Punjab Mental Hospital Lahore 1932-46 - 1932-1946
Year: 1932
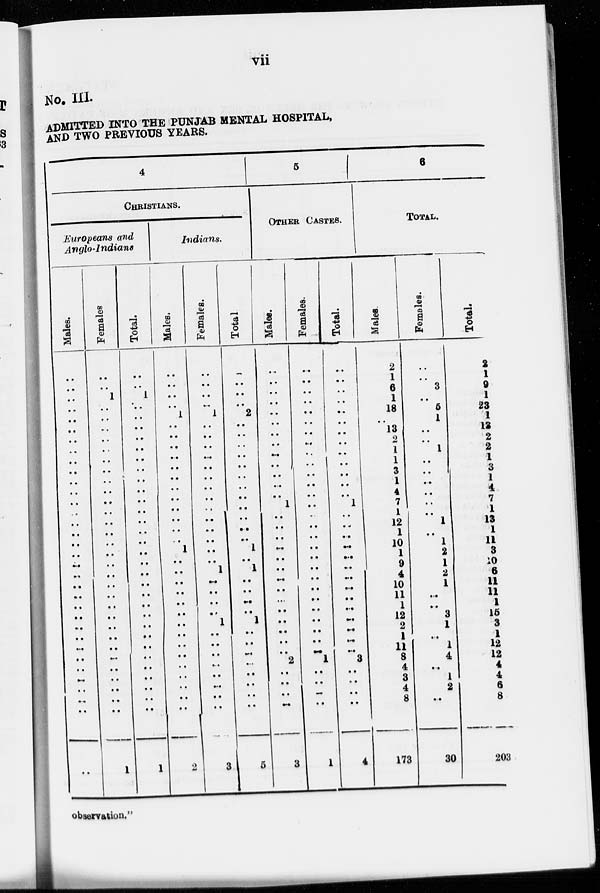
vii
No. III.
ADMITTED INTO THE PUNJAB MENTAL HOSPITAL,
AND TWO PREVIOUS YEARS.
4
CHRISTIANS.
Europeans and
Anglo-Indians
Males.
..
..
..
..
..
..
..
..
..
..
..
..
..
..
..
..
..
..
..
..
..
..
..
..
..
..
..
..
..
..
..
..
..
..
Females
..
..
1
..
..
..
..
..
..
..
....
..
..
..
..
..
..
..
..
..
..
..
..
..
..
..
..
..
..
..
..
..
..
1
Total.
..
..
1
..
..
..
..
..
..
..
..
..
..
..
..
..
..
..
..
..
..
..
..
..
..
..
..
..
..
..
..
..
..
1
Indians.
Males.
..
..
..
..
1
..
..
..
..
..
..
..
..
..
..
..
..
1
..
..
..
..
..
..
..
..
..
..
..
..
..
..
..
2
Females.
..
..
..
..
1
..
..
..
..
..
..
..
..
..
..
..
..
..
..
1
..
..
..
..
1
..
..
..
..
..
..
..
..
3
Total
..
..
..
..
2
..
..
..
..
..
..
..
..
..
..
..
..
1
..
1
..
..
..
..
1
..
..
..
..
..
..
..
..
5
5
OTHER CASTES.
Males.
..
..
..
..
..
..
..
..
..
..
..
..
..
1
..
..
..
..
..
..
..
..
..
..
..
..
..
..
2
..
..
..
..
3
Females.
..
..
..
..
..
..
..
..
..
..
..
..
..
..
..
..
..
..
..
..
..
..
..
..
..
..
..
..
1
..
..
..
..
1
Total.
..
..
..
..
..
..
..
..
..
..
..
..
..
1
..
..
..
..
..
..
..
..
..
..
..
..
..
..
3
..
..
..
..
4
6
TOTAL.
Males.
2
1
6
1
18
..
13
2
1
1
3
1
4
7
1
12
1
10
1
9
4
10
11
1
12
2
1
11
8
4
3
4
8
173
Females.
..
..
3
..
5
1
..
..
1
..
..
..
..
..
..
1
..
1
2
1
2
1
..
..
3
1
..
1
4
..
1
2
..
30
Total.
2
1
9
1
23
1
12
2
2
1
3
1
4
7
1
13
1
11
3
10
6
11
11
1
15
3
1
12
12
4
4
6
8
203
observation."